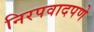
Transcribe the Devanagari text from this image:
निरपवादपणे